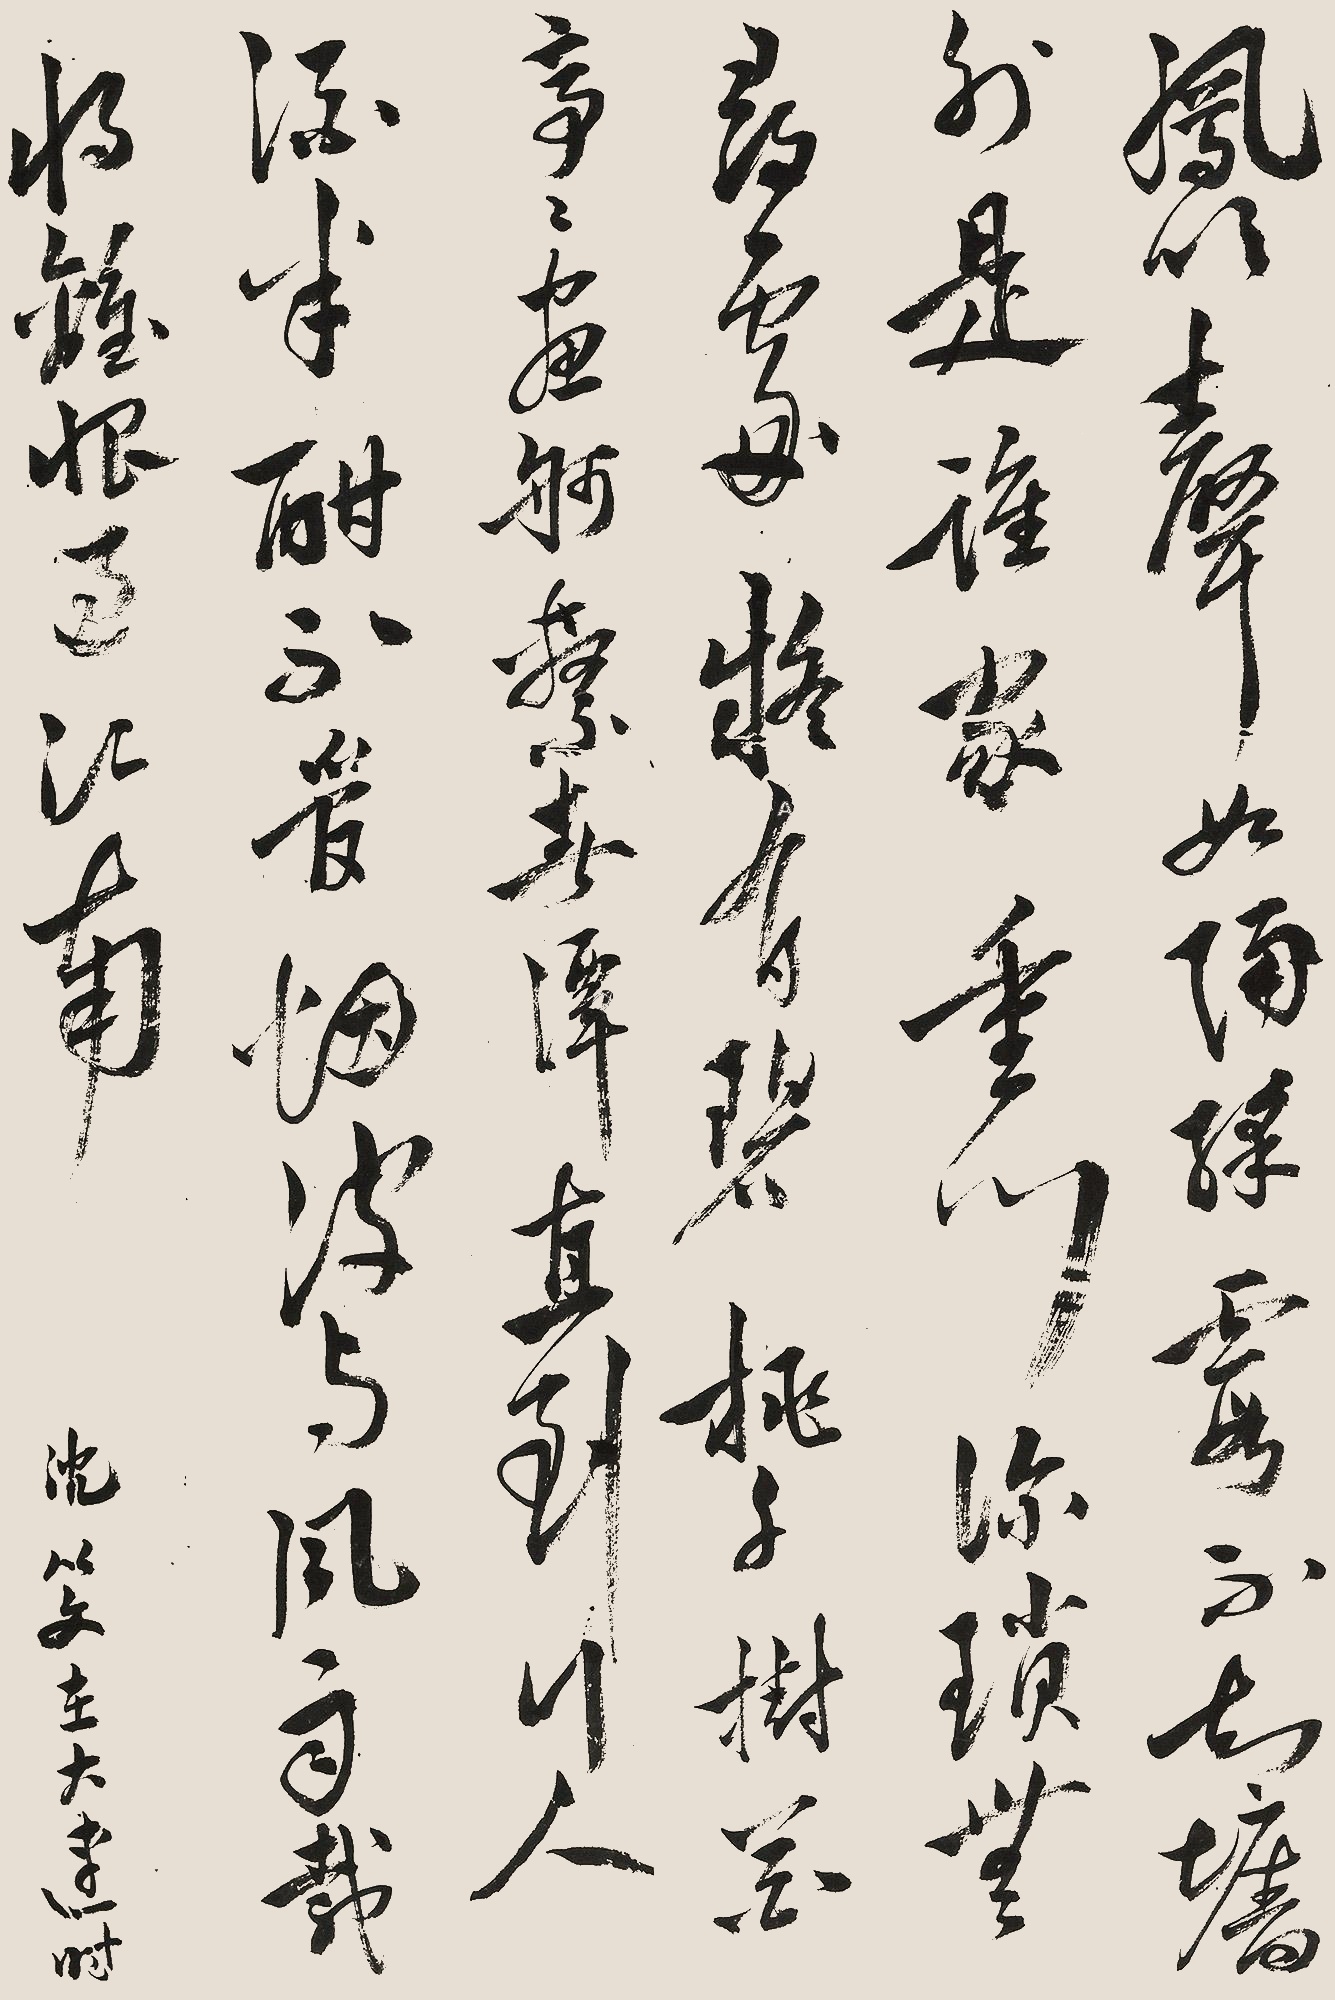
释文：凤吹声如隔彩霞，不知墙外是谁家。重门深锁无寻处，疑有碧桃千树花。亭亭画舸系春潭，直到行人酒半酣。不管烟波与风雨，载将离恨过江南。沈从文在大连时。